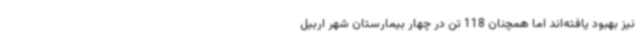
نیز بهبود یافته‌اند اما همچنان 118 تن در چهار بیمارستان شهر اربیل